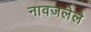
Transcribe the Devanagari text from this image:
नावजलेले